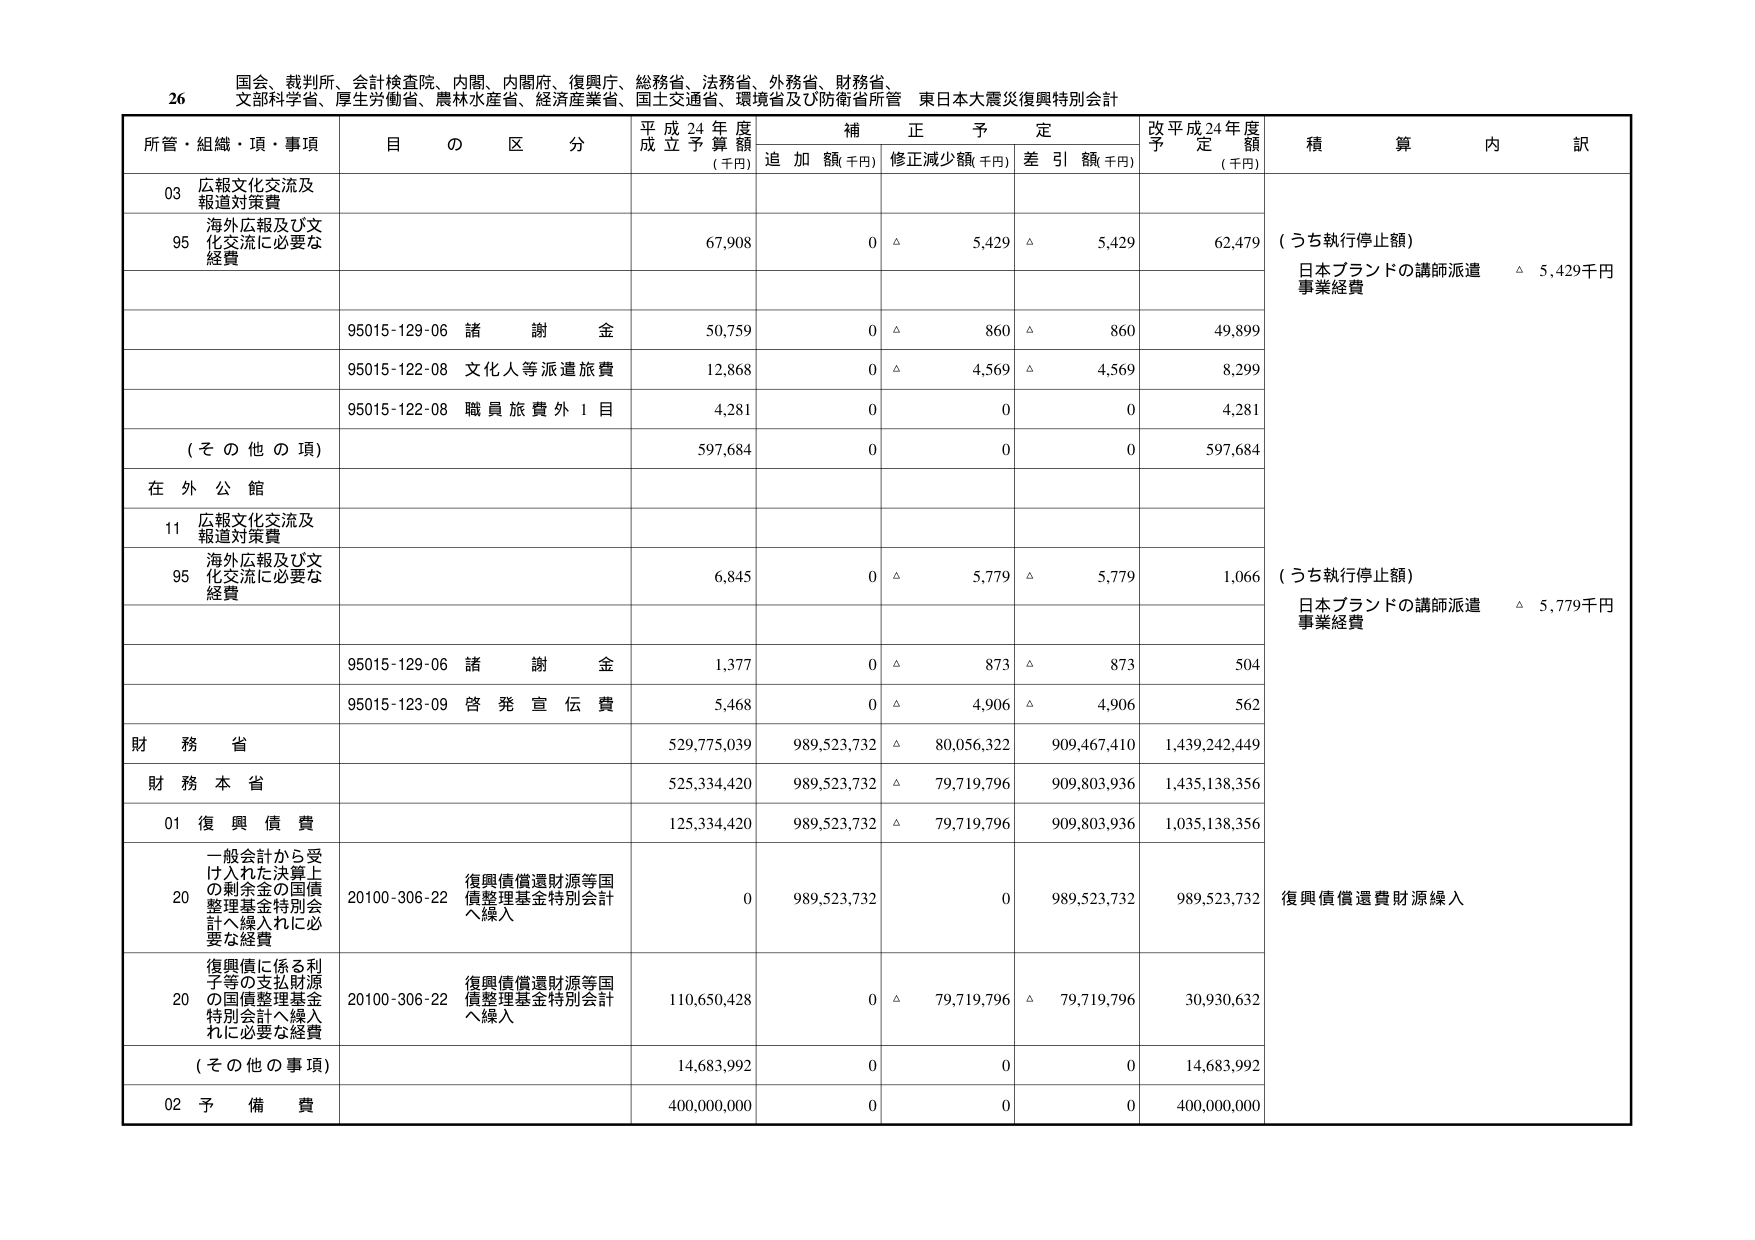
26 国会、裁判所、会計検査院、内閣、内閣府、復興庁、総務省、法務省、外務省、財務省、
文部科学省、厚生労働省、農林水産省、経済産業省、国土交通省、環境省及び防衛省所管 東日本大震災復興特別会計

所管・組織・項・事項 目 の 区 分 平成24年度 成立予算額 (千円) 補正予定 追加額(千円) 修正減少額(千円) 差引額(千円) 改平成24年度 予定額 (千円) 積算内訳

03 広報文化交流及び 報道対策費

95 海外広報及び文 化交流に必要な 経費 67,908 0 △ 5,429 △ 5,429 62,479 (うち執行停止額) 日本ブランドの講師派遣 △ 5,429千円 事業経費

95015-129-06 諸謝金 50,759 0 △ 860 △ 860 49,899

95015-122-08 文化人等派遣旅費 12,868 0 △ 4,569 △ 4,569 8,299

95015-122-08 職員旅費外1目 4,281 0 0 0 4,281

(その他の項) 597,684 0 0 0 597,684

在外公館

11 広報文化交流及び 報道対策費

95 海外広報及び文 化交流に必要な 経費 6,845 0 △ 5,779 △ 5,779 1,066 (うち執行停止額) 日本ブランドの講師派遣 △ 5,779千円 事業経費

95015-129-06 諸謝金 1,377 0 △ 873 △ 873 504

95015-123-09 啓発宣伝費 5,468 0 △ 4,906 △ 4,906 562

財務省 529,775,039 989,523,732 △ 80,056,322 909,467,410 1,439,242,449

財務本省 525,334,420 989,523,732 △ 79,719,796 909,803,936 1,435,138,356

01 復興債費 125,334,420 989,523,732 △ 79,719,796 909,803,936 1,035,138,356

20 一般会計から受 け入れた決算上 の剰余金の国債 整理基金特別会 計へ繰入れに必 要な経費 20100-306-22 復興債償還財源等国 債整理基金特別会計 へ繰入 0 989,523,732 0 989,523,732 989,523,732 復興債償還費財源繰入

20 復興債に係る利 子等の支払財源 の国債整理基金 特別会計へ繰入 れに必要な経費 20100-306-22 復興債償還財源等国 債整理基金特別会計 へ繰入 110,650,428 0 △ 79,719,796 △ 79,719,796 30,930,632

(その他の事項) 14,683,992 0 0 0 14,683,992

02 予備費 400,000,000 0 0 0 400,000,000